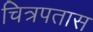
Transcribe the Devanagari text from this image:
चित्रपतास